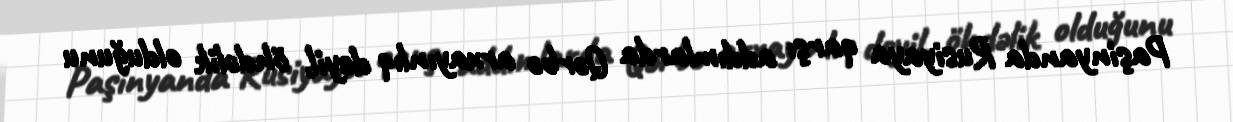
Paşinyanda Rusiyaya qarşı addımlarda Qərbə arxayınlıq deyil, öhdəlik olduğunu